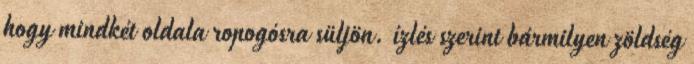
hogy mindkét oldala ropogósra süljön. ízlés szerint bármilyen zöldség